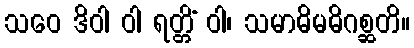
သဝေ ဒိဝါ ဝါ ရတ္တိံ ဝါ၊ သမာဓိမဓိဂစ္ဆတိ။